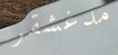
مدغشقر